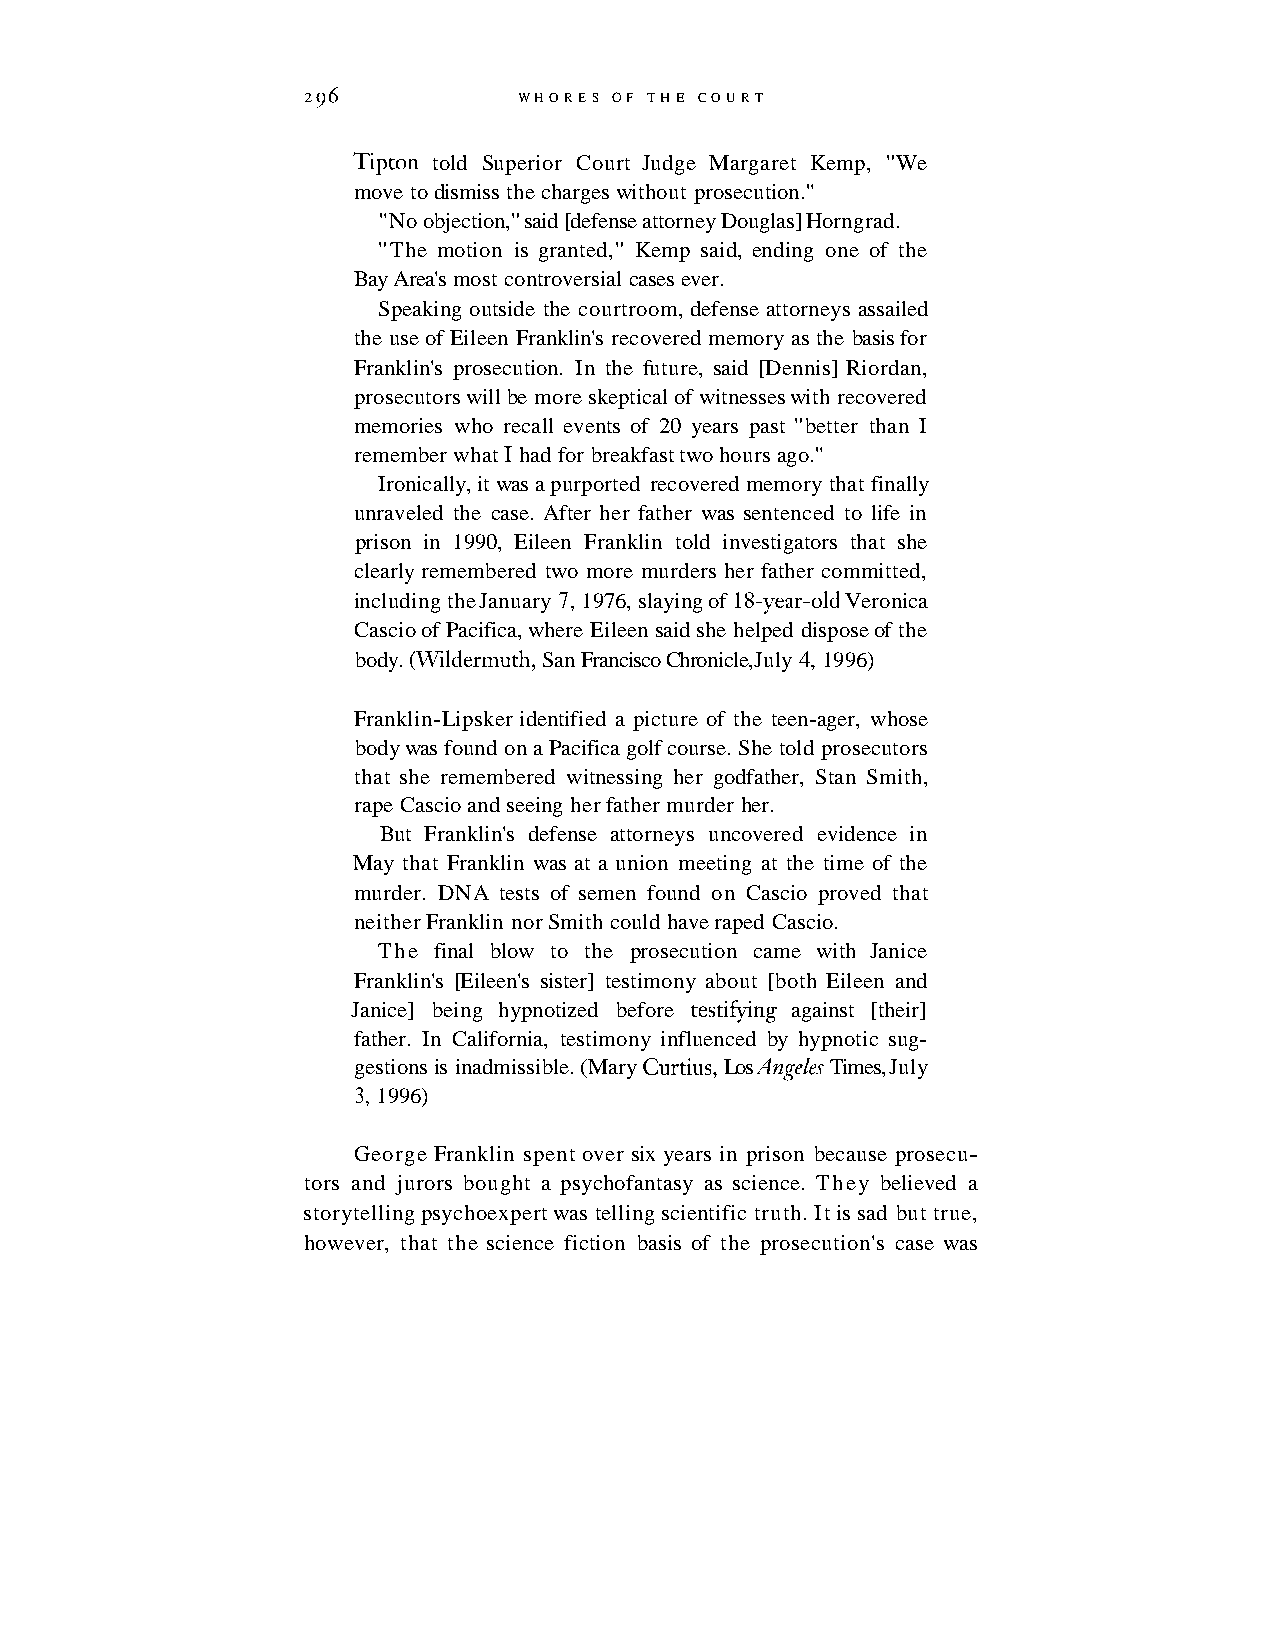
296           WHORES OF THE COURT
 Tipton told Superior Court Judge Margaret Kemp, "We
 move to dismiss the charges without prosecution."
 "No objection," said [defense attorney Douglas] Horngrad.
 "The motion is granted," Kemp said, ending one of the
 Bay Area's most controversial cases ever.
 Speaking outside the courtroom, defense attorneys assailed
 the use of Eileen Franklin's recovered memory as the basis for
 Franklin's prosecution. In the future, said [Dennis] Riordan,
 prosecutors will be more skeptical of witnesses with recovered
 memories who recall events of 20 years past "better than I
 remember what I had for breakfast two hours ago."
 Ironically, it was a purported recovered memory that finally
 unraveled the case. After her father was sentenced to life in
 prison in 1990, Eileen Franklin told investigators that she
 clearly remembered two more murders her father committed,
 including the January 7, 1976, slaying of 18-year-old Veronica
 Cascio of Pacifica, where Eileen said she helped dispose of the
 body. o.lrildermuth, San Francisco Chronicle, July 4, 1996)
 Franklin-Lipsker identified a picture of the teen-ager, whose
 body was found on a Pacifica golf course. She told prosecutors
 that she remembered witnessing her godfather, Stan Smith,
 rape Cascio and seeing her father murder her.
 But Franklin's defense attorneys uncovered evidence in
 May that Franklin was at a union meeting at the time of the
 murder. DNA tests of semen found on Cascio proved that
 neither Franklin nor Smith could have raped Cascio.
 The final blow to the prosecution came with Janice
 Franklin's [Eileen's sister] testimony about [both Eileen and
 Janice] being hypnotized before testifying against [their]
 father. In California, testimony influenced by hypnotic sug-
 gestions is inadmissible. (Mary Curtius, Los Angeles Times, July
 3, 1996)
 George Franklin spent over six years in prison because prosecu-
 tors and jurors bought a psychofantasy as science. They believed a
 storytelling psychoexpert was telling scientific truth. It is sad but true,
 however, that the science fiction basis of the prosecution's case was